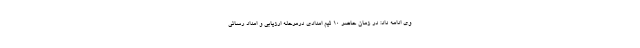
وی ادامه داد: در زمان حاضر ۱۰ تیم امدادی درمرحله ارزیابی و امداد رسانی